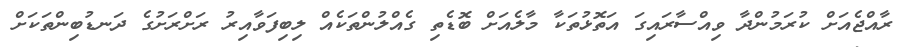
ރާއްޖެއަށް ކުރަމުންދާ ވިއްސާރައިގަ އަތޮޅުތަކާ މާލެއަށް ބޮޑެތި ގެއްލުންތަކެއް ލިބިފަވާއިރު ރަށްރަށުގެ ދަނޑުބިންތަކަށް